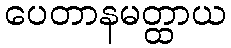
ပေတာနမတ္ထာယ